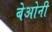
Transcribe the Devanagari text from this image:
बेओनी